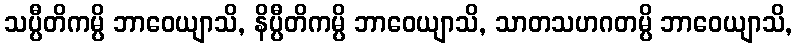
သပ္ပီတိကမ္ပိ ဘာဝေယျာသိ, နိပ္ပီတိကမ္ပိ ဘာဝေယျာသိ, သာတသဟဂတမ္ပိ ဘာဝေယျာသိ,